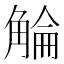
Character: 𧣵